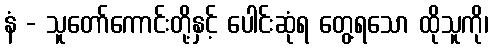
နံ - သူတော်ကောင်းတို့နှင့် ပေါင်းဆုံရ တွေ့ရသော ထိုသူကို၊